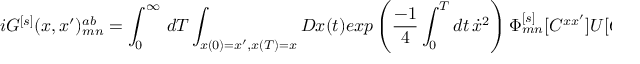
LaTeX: i G ^ { [ s ] } ( x , x ^ { \prime } ) _ { m n } ^ { a b } = \int _ { 0 } ^ { \infty } \, d T \int _ { x ( 0 ) = x ^ { \prime } , x ( T ) = x } D x ( t ) e x p \left( { \frac { - 1 } { 4 } } \int _ { 0 } ^ { T } d t \, \dot { x } ^ { 2 } \right) \Phi _ { m n } ^ { [ s ] } [ C ^ { x x ^ { \prime } } ] U [ C ^ { x x ^ { \prime } } ] ^ { a b } ,